Black-water fever - Number 35
Disease focus: Fever
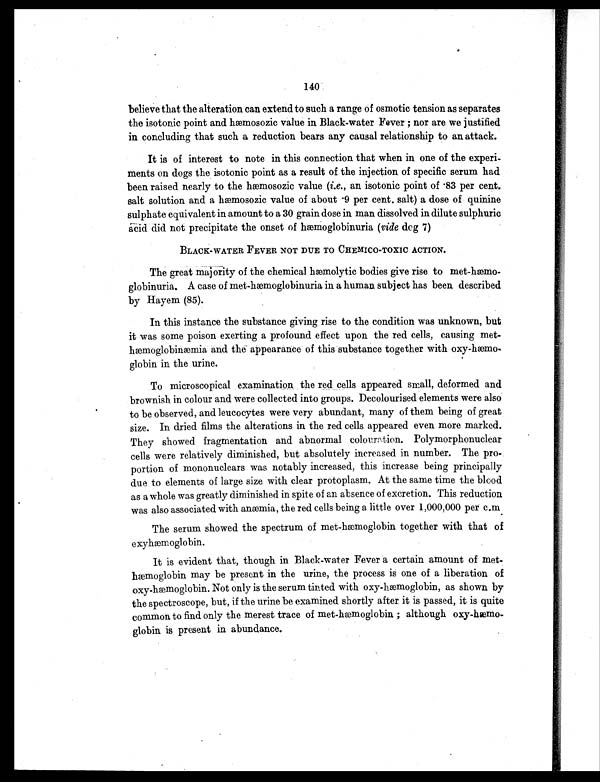
140
believe that the alteration can extend to such a range of osmotic tension as separates
the isotonic point and hæmosozic value in Black-water Fever ; nor are we justified
in concluding that such a reduction bears any causal relationship to an attack.
It is of interest to note in this connection that when in one of the experi-
ments on dogs the isotonic point as a result of the injection of specific serum had
been raised nearly to the hæmosozic value ( i.e., an isotonic point of 83 per cent.
salt solution and a hæmosozic value of about .9 per cent. salt) a dose of quinine
sulphate equivalent in amount to a 30 grain dose in man dissolved in dilute sulphuric
a c i d d i d n o t p r e c i p i t a t e t h e o n s e t o f h æ m o g l o b i n u r i a (v
i d e
d e g 7 )
BLACK-WATER FEVER NOT DUE TO CHEMICO-TOXIC ACTION.
The great majority of the chemical hæmolytic bodies give rise to met-hæmo-
globinuria. A case of met-hæmoglobinuria in a human subject has been described
by Hayem (85).
In this instance the substance giving rise to the condition was unknown, but
it was some poison exerting a profound effect upon the red cells, causing met-
hæmoglobinæmia and the appearance of this substance together with oxy-hæmo-
globin in the urine.
To microscopical examination the red cells appeared small, deformed and
brownish in colour and were collected into groups. Decolourised elements were also
to be observed, and leucocytes were very abundant, many of them being of great
size. In dried films the alterations in the red cells appeared even more marked.
They showed fragmentation and abnormal colouration. Polymorphonuclear
cells were relatively diminished, but absolutely increased in number. The pro-
portion of mononuclears was notably increased, this increase being principally
due to elements of large size with clear protoplasm. At the same time the blood
as a whole was greatly diminished in spite of an absence of excretion. This reduction
was also associated with anæmia, the red cells being a little over 1,000,000 per c.m
The serum showed the spectrum of met-hæmoglobin together with that of
exyhæmoglobin.
It is evident that, though in Black-water Fever a certain amount of met-
hæmoglobin may be present in the urine, the process is one of a liberation of
oxy-hæmoglobin. Not only is the serum tinted with oxy-hæmoglobin, as shown by
the spectroscope, but, if the urine be examined shortly after it is passed, it is quite
common to find only the merest trace of met-hæmoglobin ; although oxy-hæmo-
globin is present in abundance.